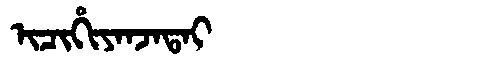
Manchu: ᡳᠴᡳᡥᡳᠶᠠᠨᠵᠠᡨᠠᡳ
Romanization: ICIHIYANJATAI